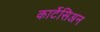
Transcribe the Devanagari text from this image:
कार्टेसिअन